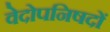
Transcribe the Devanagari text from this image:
वेदोपनिषदों